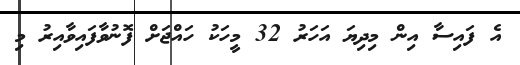
އެ ފައިސާ އިން މިދިޔަ އަހަރު 32 މީީހަކު ހައްޖަށް ފޮނުވާފައިވާއިރު މި